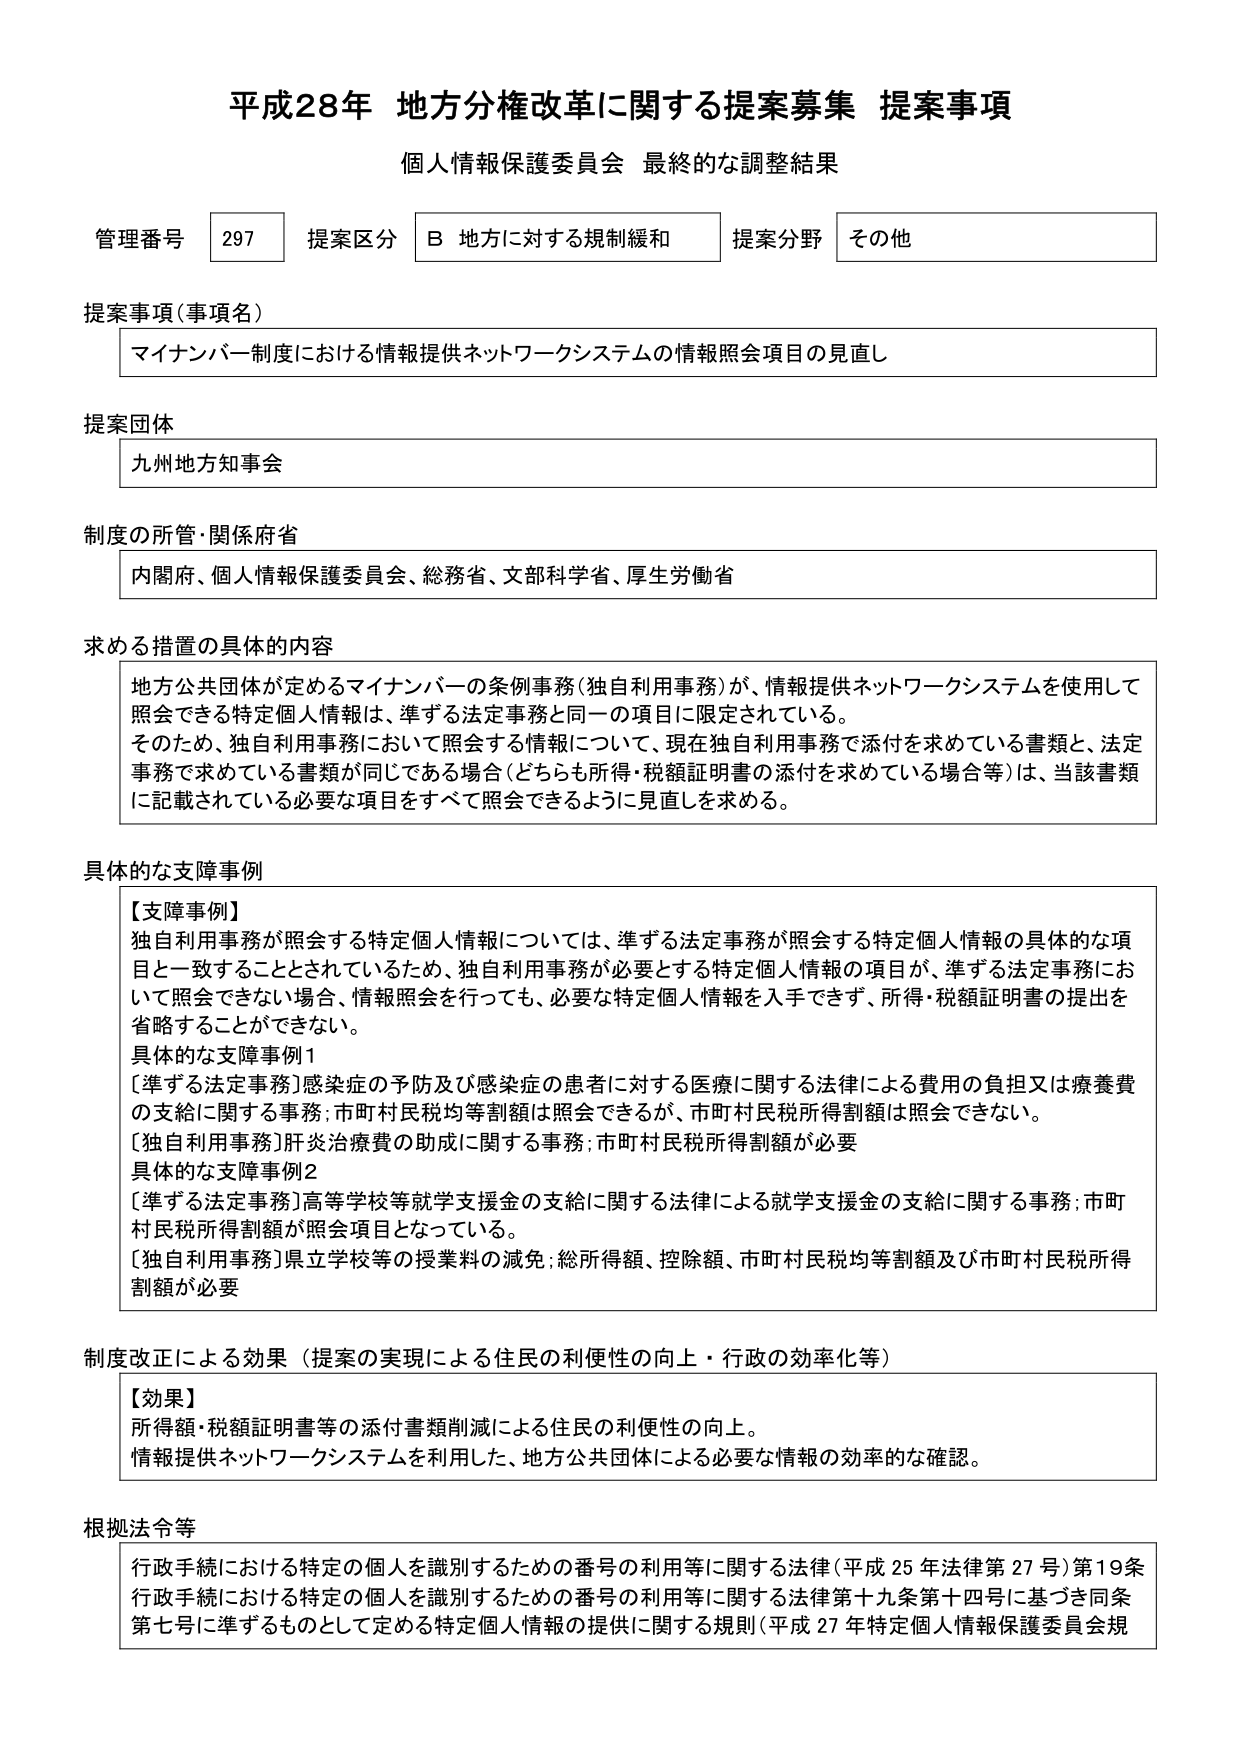
平成28年 地方分権改革に関する提案募集 提案事項
個人情報保護委員会 最終的な調整結果

管理番号 297 提案区分 B 地方に対する規制緩和 提案分野 その他

提案事項（事項名）
マイナンバー制度における情報提供ネットワークシステムの情報照会項目の見直し

提案団体
九州地方知事会

制度の所管・関係府省
内閣府、個人情報保護委員会、総務省、文部科学省、厚生労働省

求める措置の具体的な内容
地方公共団体が定めるマイナンバーの条例事務（独自利用事務）が、情報提供ネットワークシステムを使用して照会できる特定個人情報は、準ずる法定事務と同一の項目に限定されている。
そのため、独自利用事務において照会する情報について、現在独自利用事務で添付を求めている書類と、法定事務で求めている書類が同じである場合（どちらも所得・税額証明書の添付を求めている場合等）は、当該書類に記載されている必要な項目をすべて照会できるように見直しを求める。

具体的な支障事例
【支障事例】
独自利用事務が照会する特定個人情報については、準ずる法定事務が照会する特定個人情報の具体的な項目と一致することとされているため、独自利用事務が必要とする特定個人情報の項目が、準ずる法定事務において照会できない場合、情報照会を行っても、必要な特定個人情報を入手できず、所得・税額証明書の提出を省略することができない。
具体的な支障事例1
[準ずる法定事務]感染症の予防及び感染症の患者に対する医療に関する法律による費用の負担とは療養費の支給に関する事務；市町村民税均等割額は照会できるが、市町村民税所得割額は照会できない。
[独自利用事務]肝炎治療費の助成に関する事務；市町村民税所得割額が必要
具体的な支障事例2
[準ずる法定事務]高等学校等就学支援金の支給に関する法律による就学支援金の支給に関する事務；市町村民税所得割額が照会項目となっている。
[独自利用事務]県立学校等の授業料の減免；総所得額、控除額、市町村民税均等割額及び市町村民税所得割額が必要

制度改正による効果（提案の実現による住民の利便性の向上・行政の効率化等）
【効果】
所得額・税額証明書等の添付書類削減による住民の利便性の向上。
情報提供ネットワークシステムを利用した、地方公共団体による必要な情報の効率的な確認。

根拠法令等
行政手続における特定の個人を識別するための番号の利用等に関する法律（平成25年法律第27号）第19条
行政手続における特定の個人を識別するための番号の利用等に関する法律第十九条第十四号に基づき同条第七号に準ずるものとして定める特定個人情報の提供に関する規則（平成27年特定個人情報保護委員会規）